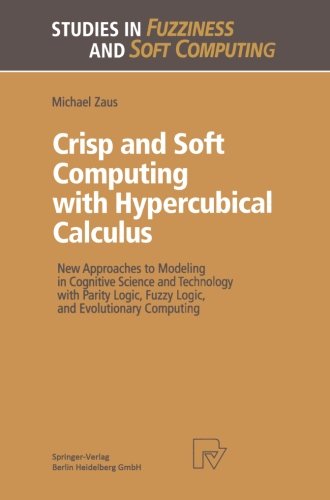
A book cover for Crisp and Soft Computing with Hypercubical Calculus: New Approaches to Modeling in Cognitive Science and Technology with Parity Logic, Fuzzy Logic, ... in Fuzziness and Soft Computing) (Volume 27); Michael Zaus; Computers & Technology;